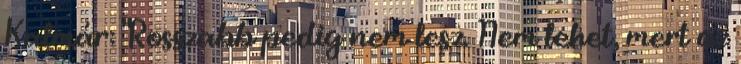
Kalmár: "Rosszabb pedig nem lesz. Nem lehet, mert az